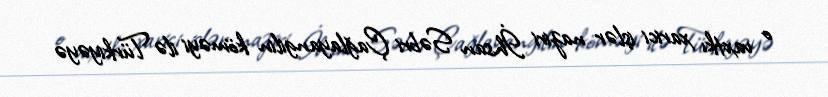
o vaxtkı xarici işlər naziri İhsan Səbri Çağlayangilin köməyi ilə Türkiyəyə